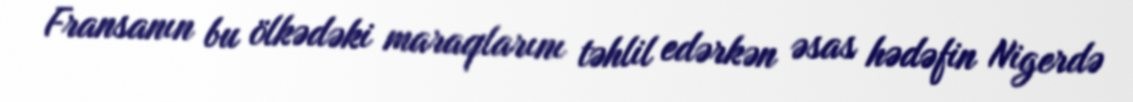
Fransanın bu ölkədəki maraqlarını təhlil edərkən əsas hədəfin Nigerdə